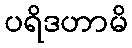
ပရိဒဟာမိ